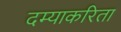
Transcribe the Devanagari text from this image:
दम्याकरिता